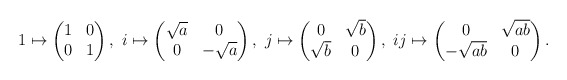
\begin{align*} 1\mapsto\begin{pmatrix} 1&0\\ 0&1 \end{pmatrix},\ i\mapsto\begin{pmatrix} \sqrt{a}&0\\ 0&-\sqrt{a} \end{pmatrix},\ j\mapsto\begin{pmatrix} 0&\sqrt{b}\\ \sqrt{b}&0 \end{pmatrix},\ ij\mapsto\begin{pmatrix} 0&\sqrt{ab}\\ -\sqrt{ab}&0 \end{pmatrix}.\end{align*}